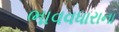
ભાવવધારાના